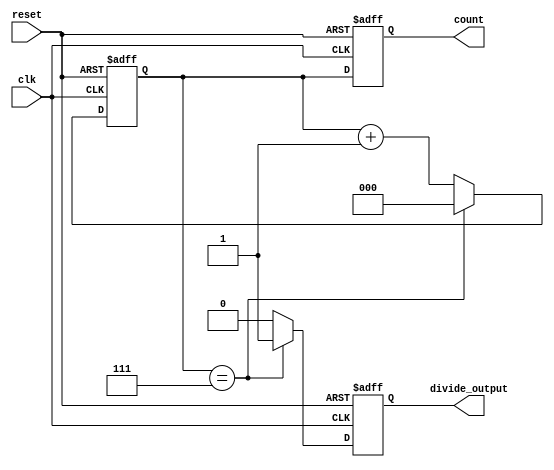
module divide_by_n_counter #(
    parameter N = 8  // Parameter for the divide factor, default is 8
)(
    input wire clk,          // Clock input
    input wire reset,        // Asynchronous reset
    output reg [clog2(N)-1:0] count,  // Current count value
    output reg divide_output  // Output signal that goes high when count reaches N
);

// Function to calculate the ceiling of log2(N)
function integer clog2;
    input integer value;
    begin
        value = value - 1;
        for (clog2 = 0; value > 0; clog2 = clog2 + 1)
            value = value >> 1;
    end
endfunction

// Internal counter register
reg [clog2(N)-1:0] counter;

// Always block for counter logic
always @(posedge clk or posedge reset) begin
    if (reset) begin
        counter <= 0;          // Reset counter to 0
        count <= 0;            // Reset count output to 0
        divide_output <= 0;    // Reset divide output
    end else begin
        if (counter == N-1) begin
            counter <= 0;      // Reset counter when it reaches N
            divide_output <= 1; // Set divide output high
        end else begin
            counter <= counter + 1; // Increment counter
            divide_output <= 0; // Set divide output low
        end
        count <= counter;      // Update count output
    end
end

endmodule